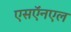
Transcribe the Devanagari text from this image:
एसऍनएल